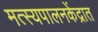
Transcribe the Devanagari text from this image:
मत्स्यपालनकेंद्रात